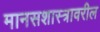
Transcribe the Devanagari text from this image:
मानसशास्‍त्रावरील